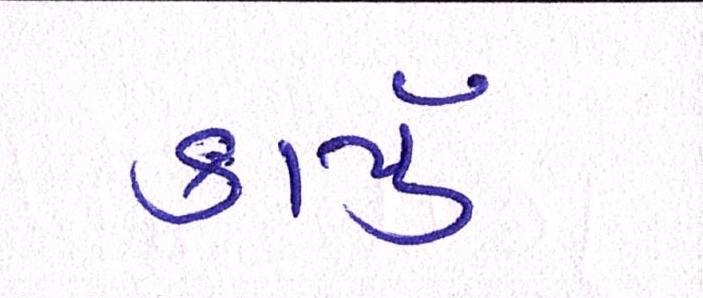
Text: કાર્યું